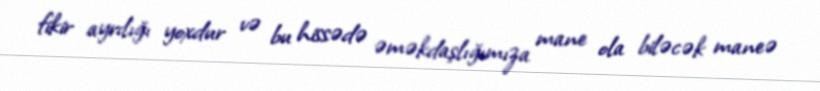
fikir ayrılığı yoxdur və bu hissədə əməkdaşlığımıza mane ola biləcək maneə